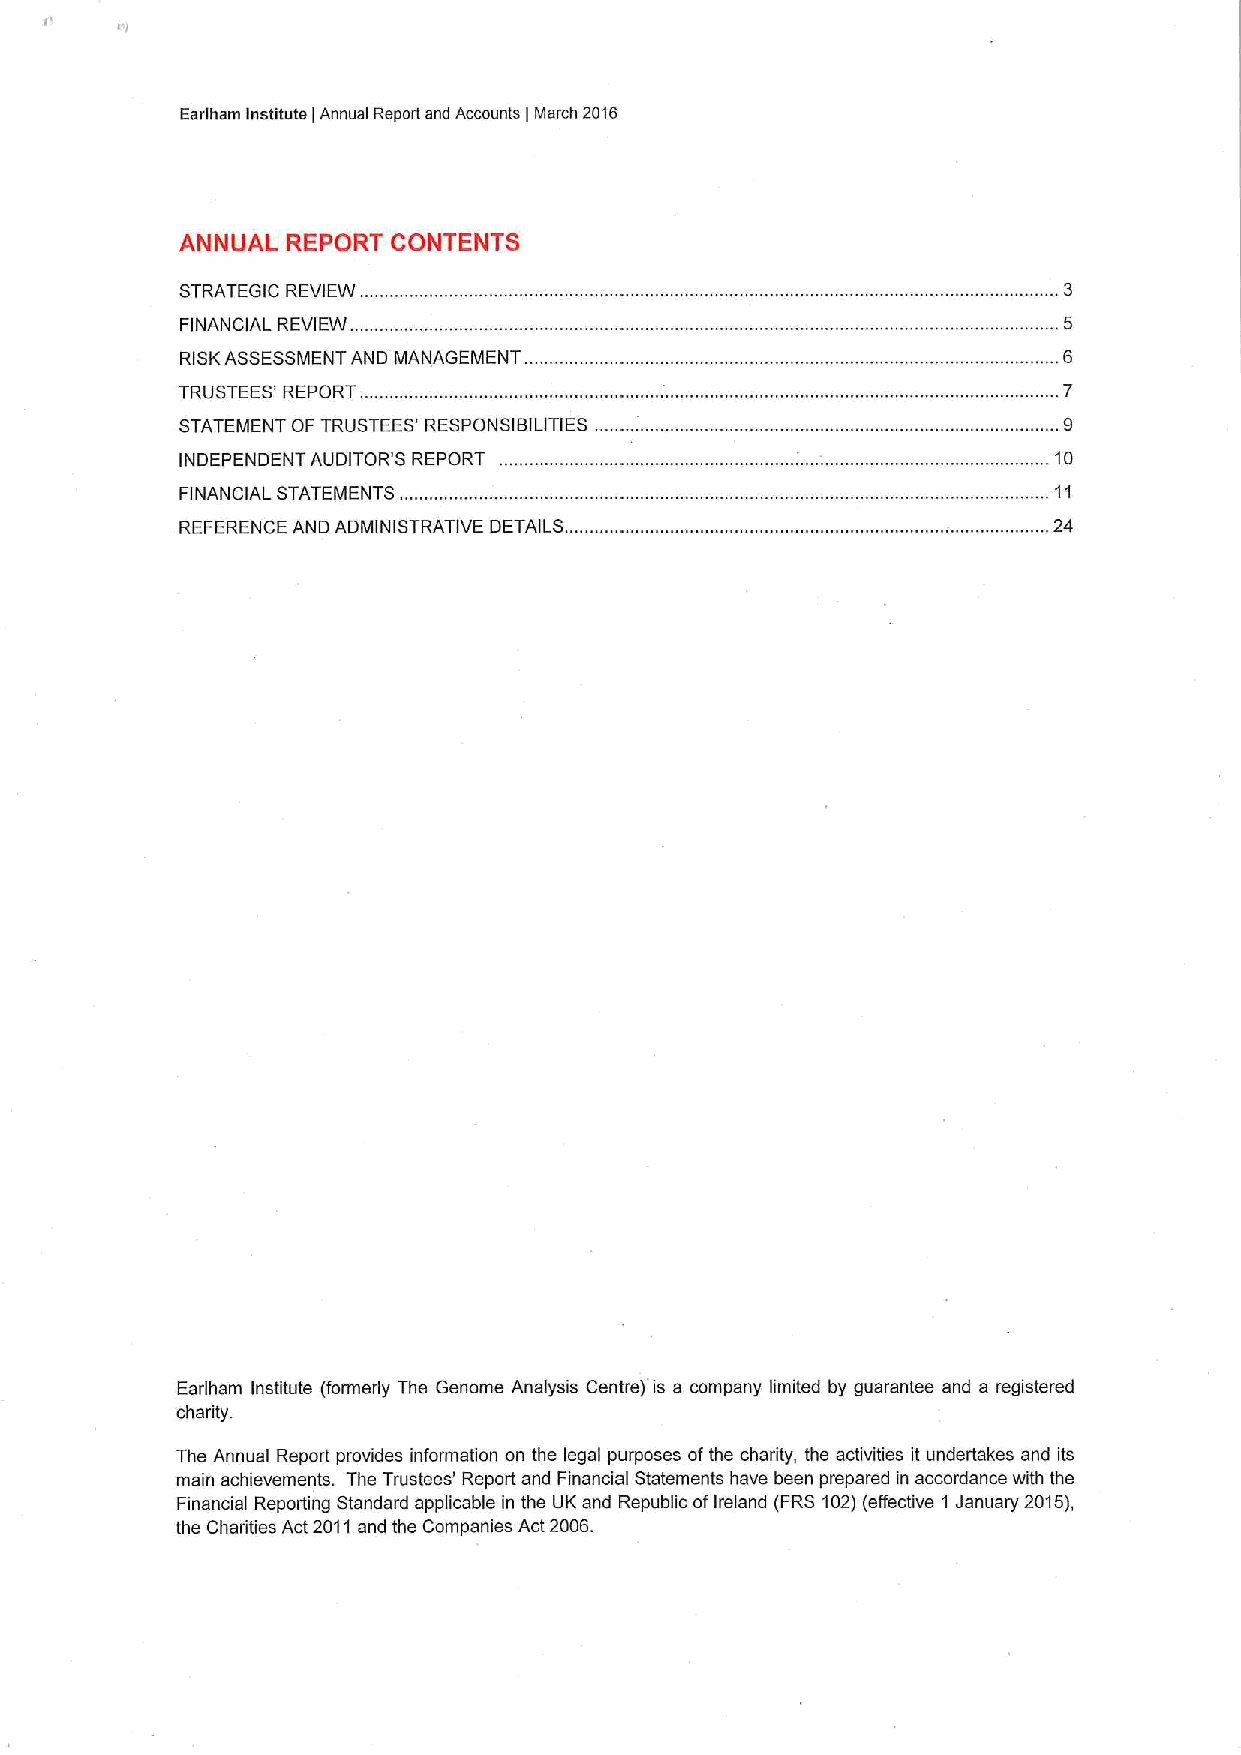
Earlham Institute Annual Report and Accounts March 2016
 I             I
 ANNUAL REPORT CONTENTS
 STRATEGIC REVIEW.
 FINANCIAL REVIEW.
 RISKASSESSMENT AND MANAGEMENT
 TRUSTEES' REPORT.
 STATEMENT OF TRUSTEES' RESPONSIBILITIES
 INDEPENDENT AUDITOR'S REPORT                              10
 FINANCIAL STATEMENTS ..
 REFERENCE AND ADMINISTRATIVE DETAILS.                     24
 Earlham Institute (formerly The Genome Analysis Centre) is a company limited by guarantee and a registered
 charity.
 The Annual Report provides information on the legal purposes ofthe charity, the activities it undertakes and its
 main achievements. The Trustees' Report and Financial Statements have been prepared in accordance with the
 Financial Reporting Standard applicable in the UK and Republic ofIreland (FRS 102)(effective 1 January 2015),
 the Charities Act 2011and the Companies Act 2006.